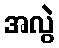
အလွဲ